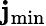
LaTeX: \mathbf{j}_{\mathrm{{min}}}